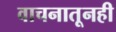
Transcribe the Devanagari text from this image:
वाचनातूनही